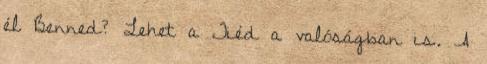
él Benned? Lehet a Tiéd a valóságban is. A